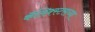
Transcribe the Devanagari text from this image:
कॅलिक्स्टसच्या